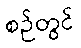
စဉ်တွင်